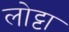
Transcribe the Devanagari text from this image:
लोट्टा